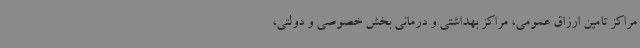
مراکز تامین ارزاق عمومی، مراکز بهداشتی و درمانی بخش خصوصی و دولتی،